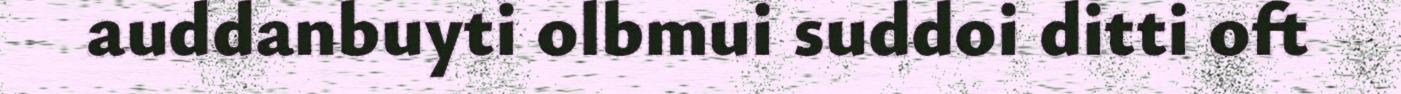
auddanbuyti olbmui suddoi ditti oft